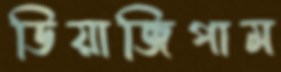
ডিয়াজিপাম